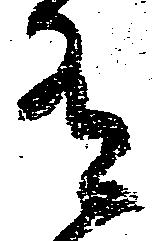
有